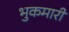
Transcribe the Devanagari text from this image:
भुकमारी